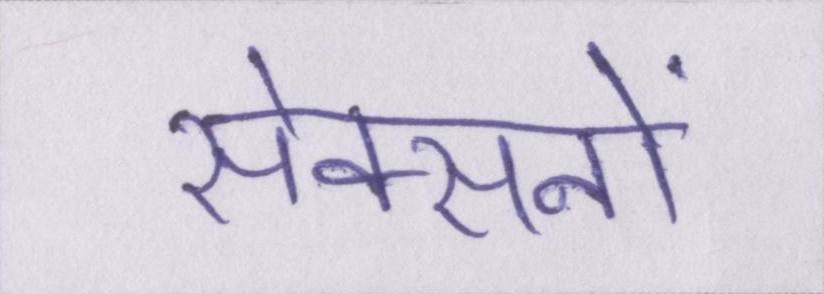
सेक्सनों